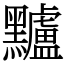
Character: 黸